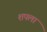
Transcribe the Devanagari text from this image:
शपला